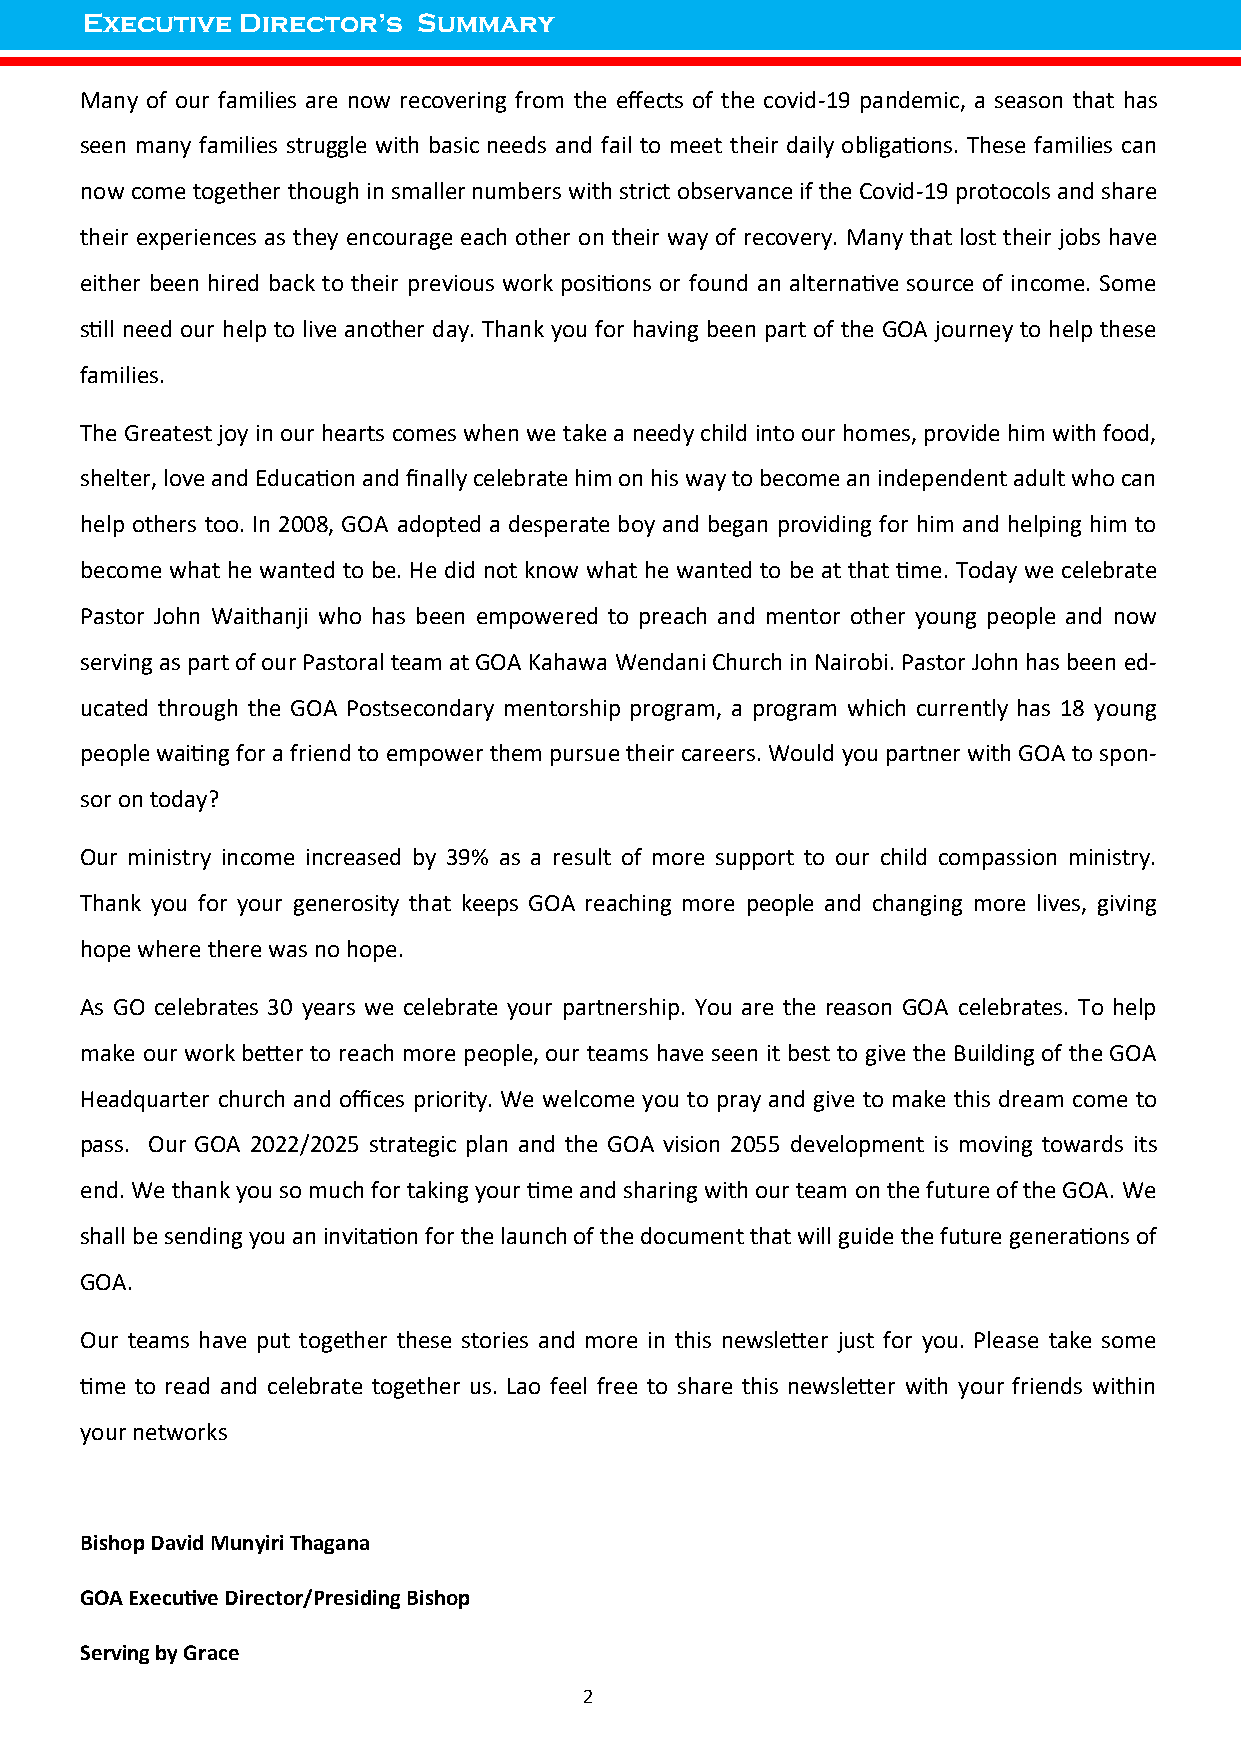
Executive  Director’s  Summary
 Many of our families are now recovering from the effects of the covid-19 pandemic, a season that has
 seen many families struggle with basic needs and fail to meet their daily obligations. These families can
 now come together though in smaller numbers with strict observance if the Covid-19 protocols and share
 their experiences as they encourage each other on their way of recovery. Many that lost their jobs have
 either been hired back to their previous work positions or found an alternative source of income. Some
 still need our help to live another day. Thank you for having been part of the GOA journey to help these
 families.
 The Greatest joy in our hearts comes when we take a needy child into our homes, provide him with food,
 shelter, love and Education and finally celebrate him on his way to become an independent adult who can
 help others too. In 2008, GOA adopted a desperate boy and began providing for him and helping him to
 become what he wanted to be. He did not know what he wanted to be at that time. Today we celebrate
 Pastor John Waithanji who has been empowered to preach and mentor other young people and now
 serving as part of our Pastoral team at GOA Kahawa Wendani Church in Nairobi. Pastor John has been ed-
 ucated through the GOA Postsecondary mentorship program, a program which currently has 18 young
 people waiting for a friend to empower them pursue their careers. Would you partner with GOA to spon-
 sor on today?
 Our ministry income increased by 39% as a result of more support to our child compassion ministry.
 Thank you for your generosity that keeps GOA reaching more people and changing more lives, giving
 hope where there was no hope.
 As GO celebrates 30 years we celebrate your partnership. You are the reason GOA celebrates. To help
 make our work better to reach more people, our teams have seen it best to give the Building of the GOA
 Headquarter church and offices priority. We welcome you to pray and give to make this dream come to
 pass. Our GOA 2022/2025 strategic plan and the GOA vision 2055 development is moving towards its
 end. We thank you so much for taking your time and sharing with our team on the future of the GOA. We
 shall be sending you an invitation for the launch of the document that will guide the future generations of
 GOA.
 Our teams have put together these stories and more in this newsletter just for you. Please take some
 time to read and celebrate together us. Lao feel free to share this newsletter with your friends within
 your networks
 Bishop David Munyiri Thagana
 GOA Executive Director/Presiding Bishop
 Serving by Grace
 2